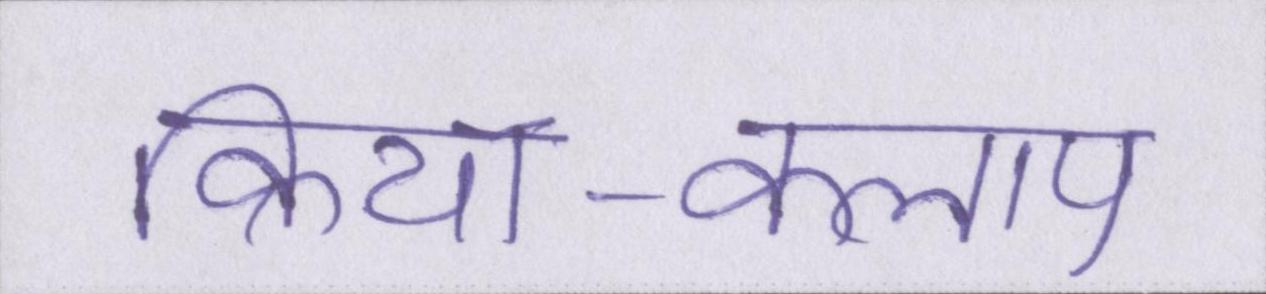
क्रिया-कलाप